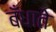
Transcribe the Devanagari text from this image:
बँधाते